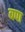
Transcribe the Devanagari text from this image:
बपा